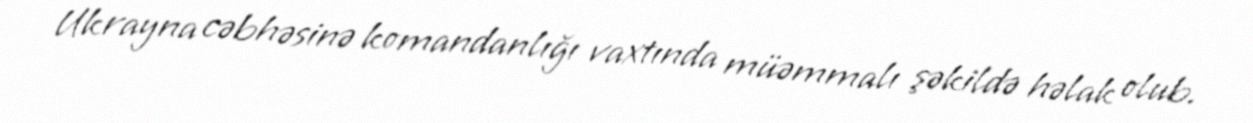
Ukrayna cəbhəsinə komandanlığı vaxtında müəmmalı şəkildə həlak olub.